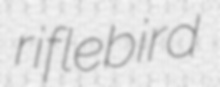
riflebird